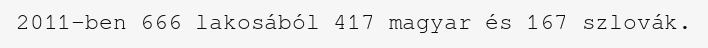
2011-ben 666 lakosából 417 magyar és 167 szlovák.